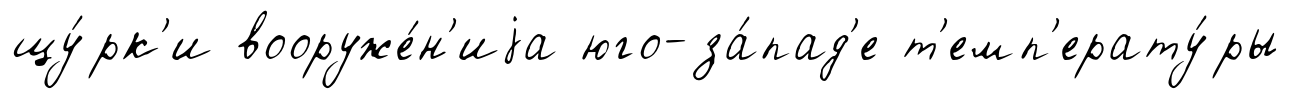
щу́рк'и вооруже́н'иjа юго-за́пад'е т'емп'ерату́ры